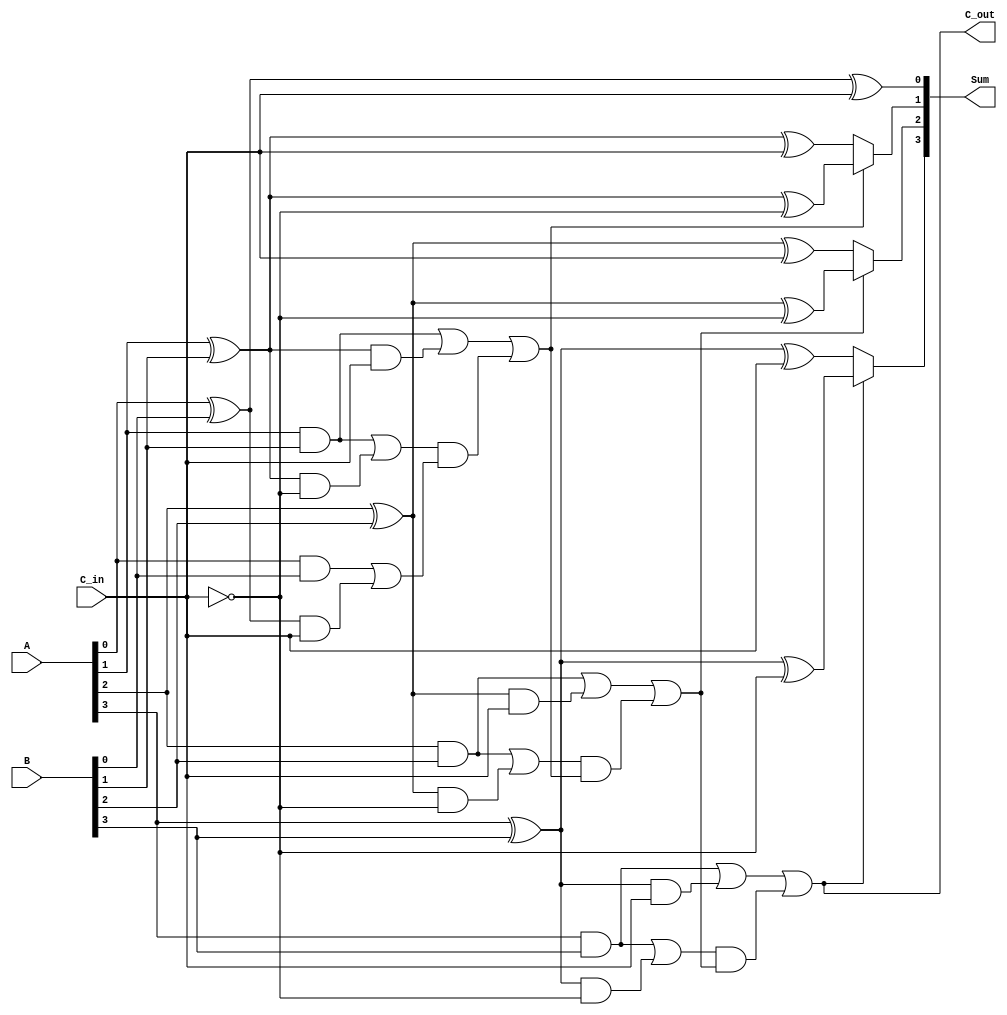
module conditional_sum_adder (
    input [3:0] A,          // 4-bit input A
    input [3:0] B,          // 4-bit input B
    input C_in,             // Carry-in
    output [3:0] Sum,       // 4-bit Sum output
    output C_out            // Carry-out
);

    wire [3:0] S0;          // Sum if carry-in is 0
    wire [3:0] S1;          // Sum if carry-in is 1
    wire [3:0] C0;          // Carry-out if carry-in is 0
    wire [3:0] C1;          // Carry-out if carry-in is 1
    wire [3:0] C_select;    // Selected carry-out for each bit
    wire [3:0] S_select;    // Selected sum for each bit

    // Generate sums and carries for each bit
    genvar i;
    generate
        for (i = 0; i < 4; i = i + 1) begin : CSA_BIT
            // Sum calculations
            assign S0[i] = A[i] ^ B[i] ^ C_in;               // Sum if carry-in is 0
            assign S1[i] = A[i] ^ B[i] ^ ~C_in;              // Sum if carry-in is 1
            
            // Carry calculations
            assign C0[i] = (A[i] & B[i]) | ((A[i] ^ B[i]) & C_in);  // Carry-out if carry-in is 0
            assign C1[i] = (A[i] & B[i]) | ((A[i] ^ B[i]) & ~C_in); // Carry-out if carry-in is 1
        end
    endgenerate

    // Carry selection logic
    assign C_select[0] = C0[0];
    assign C_select[1] = C0[1] | (C1[1] & C0[0]);
    assign C_select[2] = C0[2] | (C1[2] & C_select[1]);
    assign C_select[3] = C0[3] | (C1[3] & C_select[2]);

    // Final sum selection based on the carry-out
    assign Sum[0] = S0[0];
    assign Sum[1] = C_select[1] ? S1[1] : S0[1];
    assign Sum[2] = C_select[2] ? S1[2] : S0[2];
    assign Sum[3] = C_select[3] ? S1[3] : S0[3];

    // Final carry-out
    assign C_out = C_select[3];

endmodule